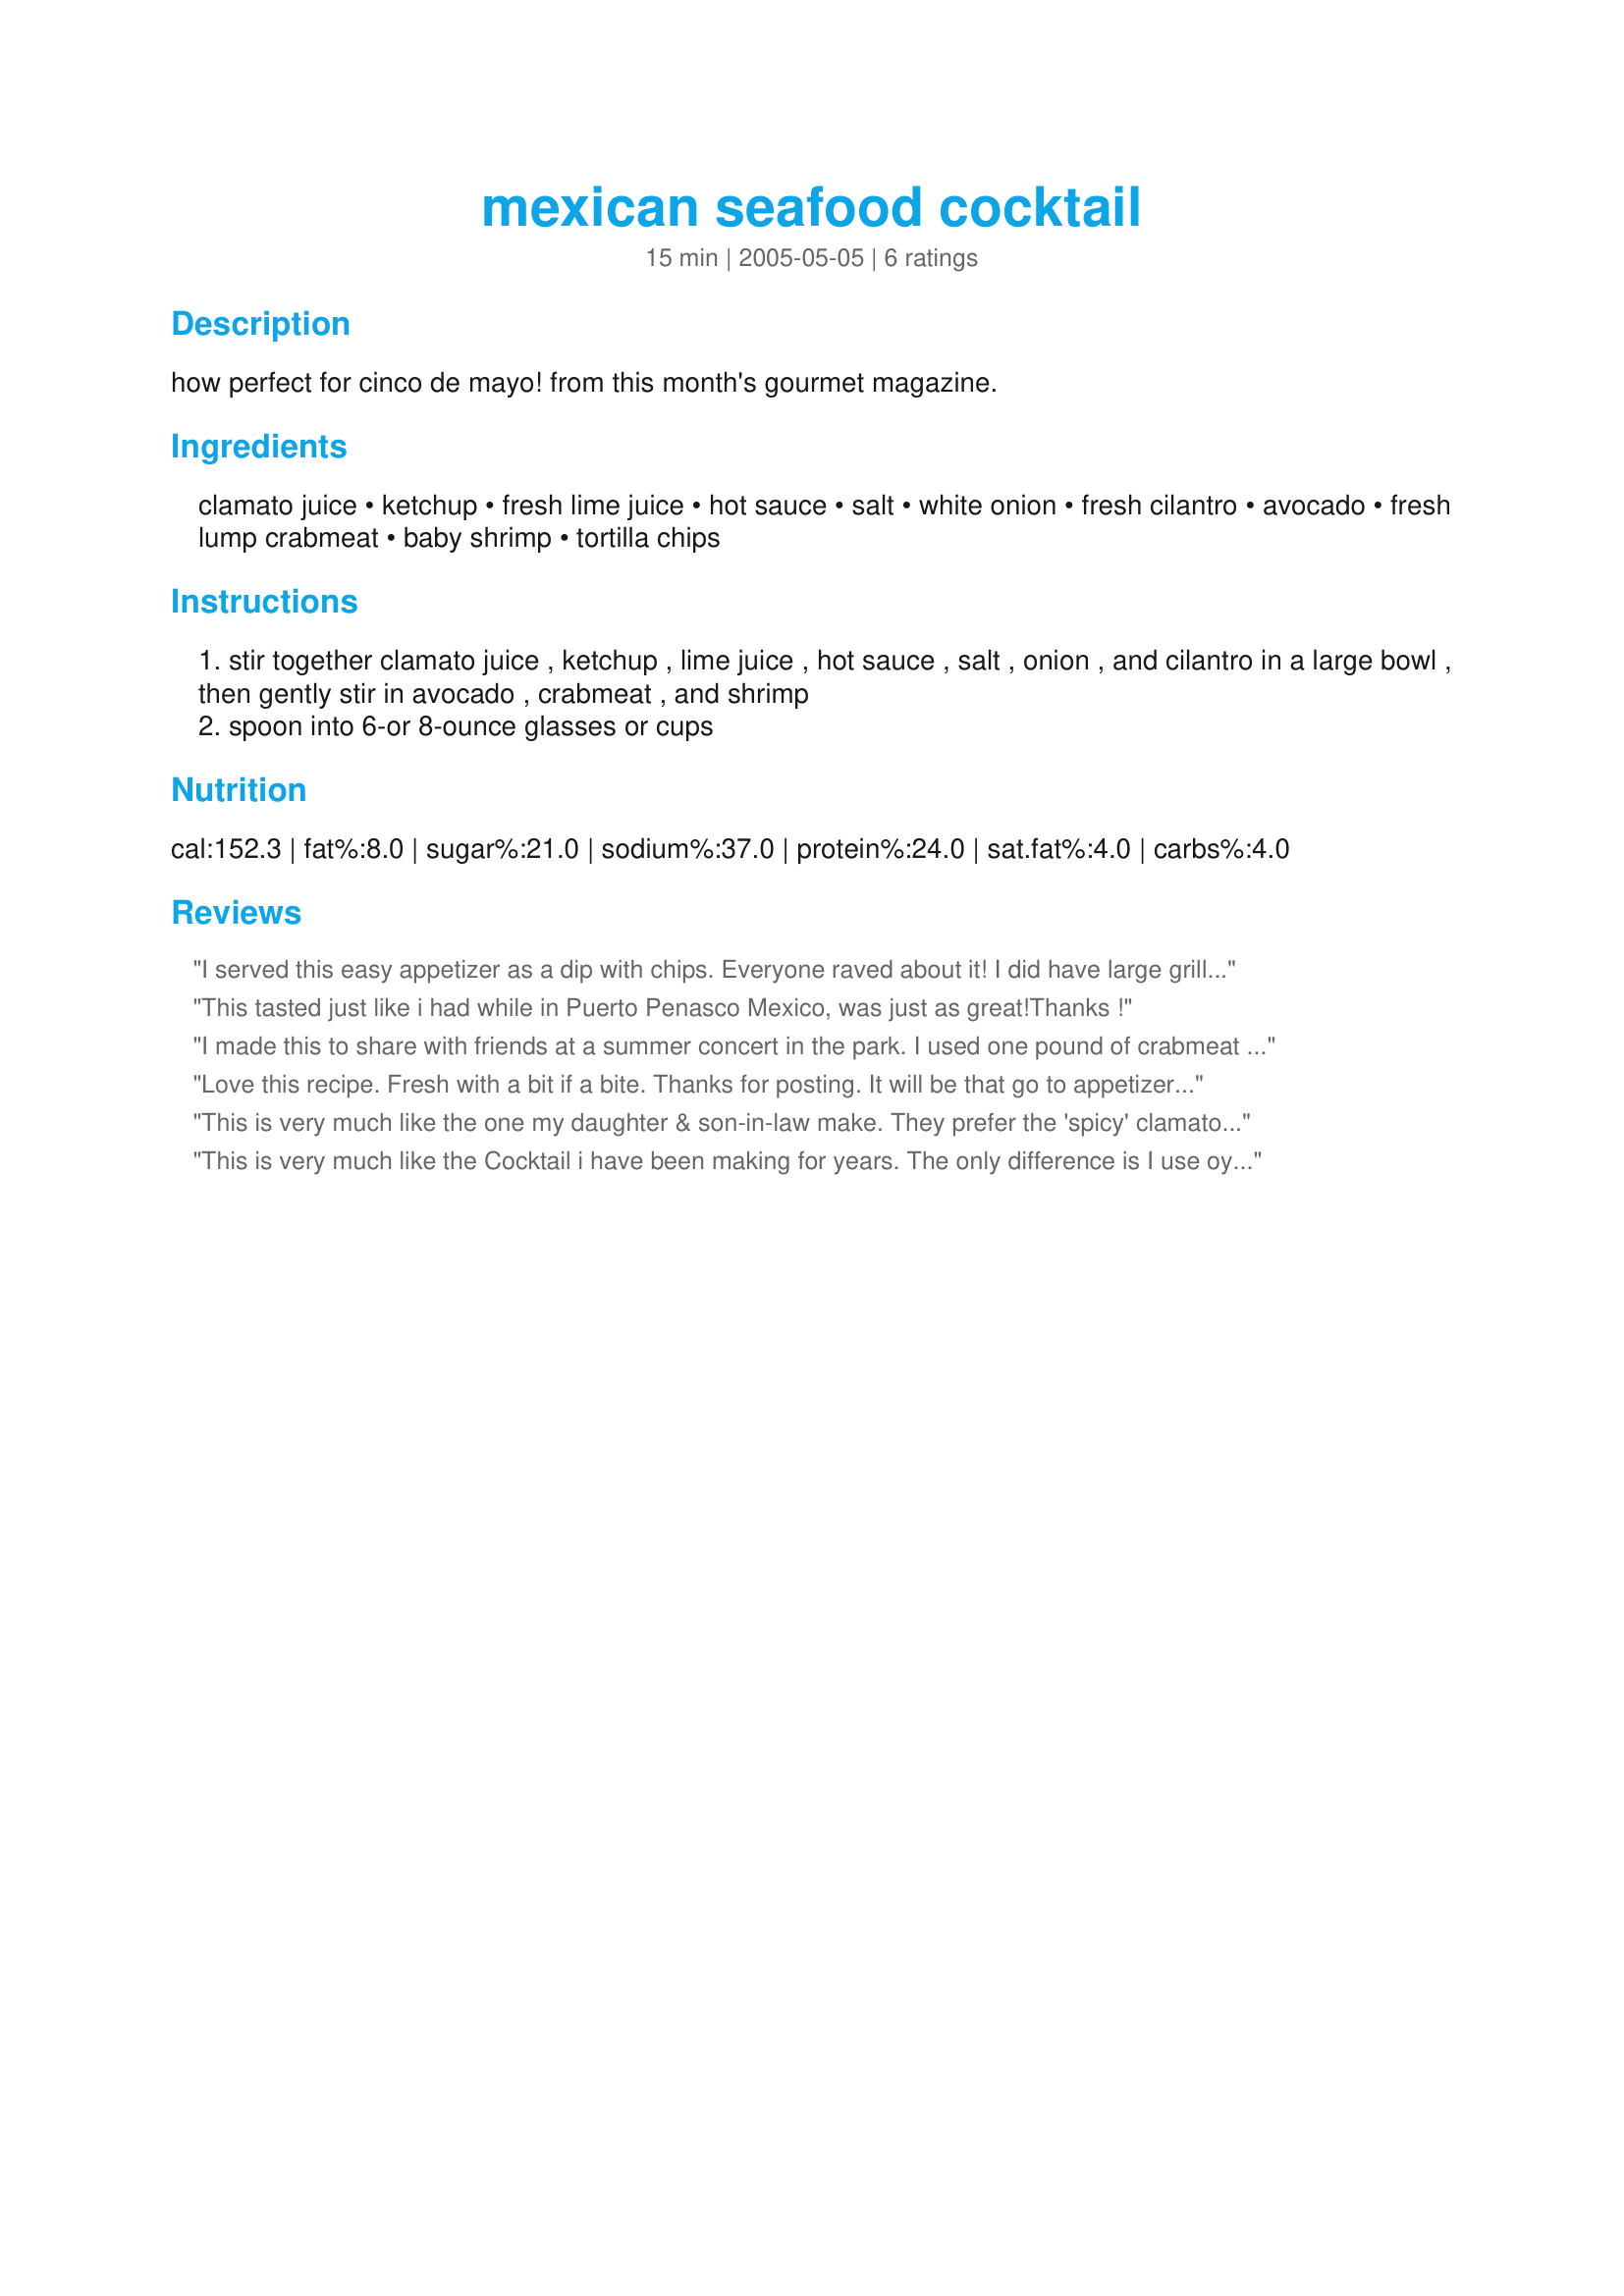
mexican seafood cocktail
Preparation time: 15 minutes

how perfect for cinco de mayo! from this month's gourmet magazine.

Ingredients:
clamato juice, ketchup, fresh lime juice, hot sauce, salt, white onion, fresh cilantro, avocado, fresh lump crabmeat, baby shrimp, tortilla chips

Steps:
stir together clamato juice , ketchup , lime juice , hot sauce , salt , onion , and cilantro in a large bowl , then gently stir in avocado , crabmeat , and shrimp
spoon into 6-or 8-ounce glasses or cups

Reviews:
I served this easy appetizer as a dip with chips. Everyone raved about it! I did have large grilled shrimp leftover from the day before that I cut up into pieces. The grilled shrimp gave it an other level of flavor! I also used plain tomato juice. Didn`t miss the clam juice. Very Very Good good!
This tasted just like i had while in Puerto Penasco Mexico, was just as great!Thanks !
I made this to share with friends at a summer concert in the park. I used one pound of crabmeat and no shrimp. I drained off the juice before serving, and served the crab as a dip with tortilla chips. Very decadent with wonderful flavor. I used all tomato juice and no clam juice.
Love this recipe. Fresh with a bit if a bite. Thanks for posting. It will be that go to appetizer when you want something special.
This is very much like the one my daughter & son-in-law make. They prefer the 'spicy' clamato juice, and cocktail sauce instead of catsup. They use mixed seafood including jumbo shrimp, baby clams, abalone, lump crabmeat, etc. Scrumptious! Becky
This is very much like the Cocktail i have been making for years. The only difference is I use oysters instead of the crabmeat and shrimp, making it an oyster cocktail (Cocktail de oystiones). AND I use chopped jalapenos to give it heat!
